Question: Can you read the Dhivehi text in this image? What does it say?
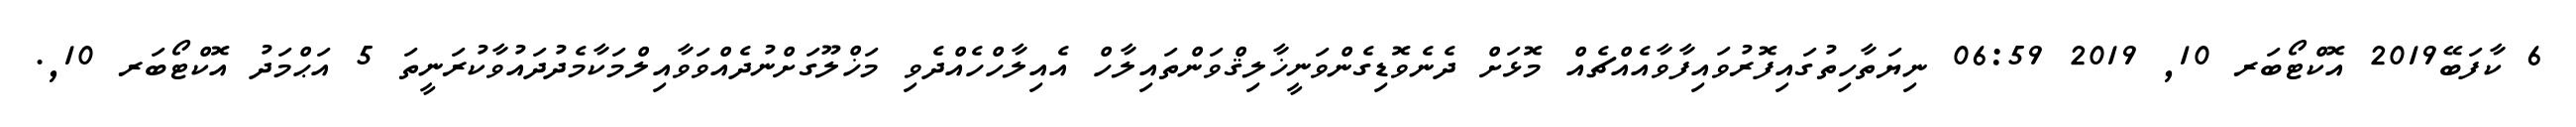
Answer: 6 ކާފަބޭ2019 އޮކްޓޯބަރ 10, 2019 06:59 ނިޔަތާހިތުގައިފޮރުވައިފާވާއެއްޗެއް މޮޅަށް ދެނެވޮޑިގެންވަނީޚާލިޤްވަންތައިލާހް އެއިލާހްހެއްދެވި މަޚްލޫގަށްނުދެއްވަވާއިލްމަކާމެދުދައުވާކުރަނީތަ 5 އަޙްމަދު އޮކްޓޯބަރ 10,.